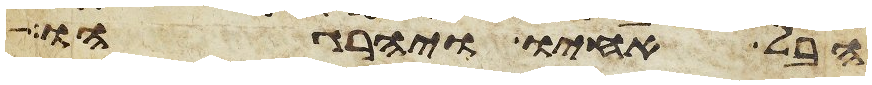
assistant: הבל אחיו ויהרגהו